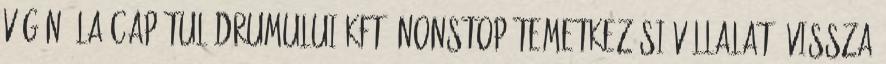
Végén, La Capătul Drumului Kft. Nonstop Temetkezési Vállalat. VISSZA